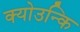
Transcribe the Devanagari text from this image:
क्योउन्कि